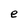
Character: e